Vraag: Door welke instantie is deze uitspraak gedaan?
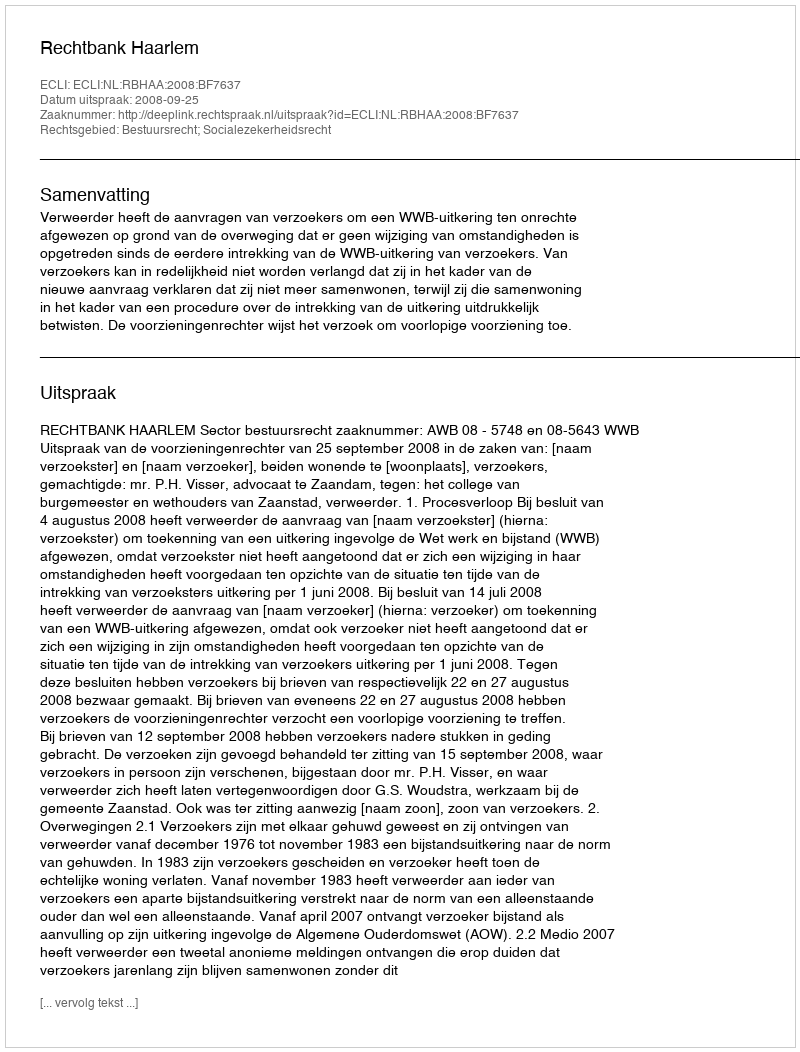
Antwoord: Rechtbank Haarlem